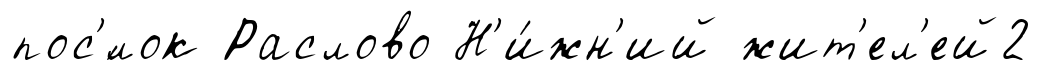
пос'́лок Раслово Н'и́жн'ий жит'ел'ей2